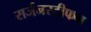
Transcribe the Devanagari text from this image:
सर्जनस्टीफन